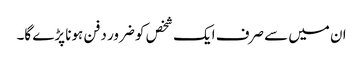
ان میں سے صرف ایک شخص کو ضرور دفن ہونا پڑے گا۔